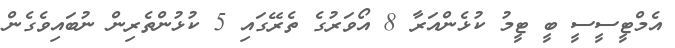
އެމްޓީސީސީ ބީ ޓީމު ކުޅެންއަރާ 8 އޯވަރުގެ ތެރޭގައި 5 ކުޅުންތެރިން ނުބައިވެގެން